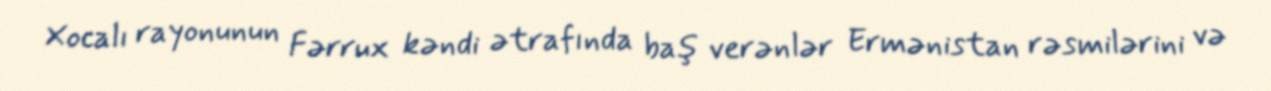
Xocalı rayonunun Fərrux kəndi ətrafında baş verənlər Ermənistan rəsmilərini və